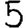
Digit: 5